Annual report on the lock hospitals of the Madras Presidency
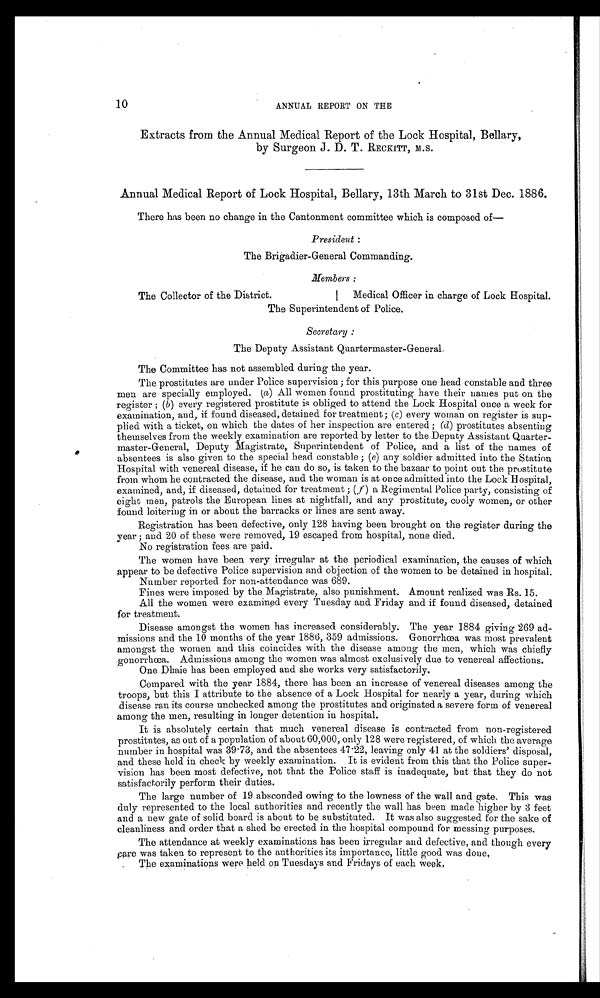
10
ANNUAL REPORT ON THE
Extracts from the Annual Medical Report of the Lock Hospital, Bellary,
by Surgeon J . D. T. RECKITT, M.S.
Annual Medical Report of Lock Hospital, Bellary, 13th March to 31st Dec. 1886.
There has been no change in the Cantonment committee which is composed of
—
President :
The Brigadier-General Commanding.
Members :
The Collector of the District.
Medical Officer in charge of Lock Hospital.
The Superintendent of Police.
Secretary :
The Deputy Assistant Quartermaster-General.
The Committee has not assembled during the year.
The prostitutes are under Police supervision ; for this purpose one head constable and three
men are specially employed. (a) All women found prostituting have their names put on the
register ; (b) every registered prostitute is obliged to attend the Lock Hospital once a week for
examination, and, if found diseased, detained for treatment ; (c) every woman on register is sup-
plied with a ticket, on which the dates of her inspection are entered; (d) prostitutes absenting
themselves from the weekly examination are reported by letter to the Deputy Assistant Quarter-
master-General, Deputy Magistrate, Superintendent of Police, and a list of the names of
absentees is also given to the special head constable; (e) any soldier admitted into the Station
Hospital with venereal disease, if he can do so, is taken to the bazaar to point out the prostitute
from whom he contracted the disease, and the woman is at once admitted into the Lock Hospital,
examined, and, if diseased, detained for treatment; ( f ) a Regimental Police party, consisting of
eight men, patrols the European lines at nightfall, and any prostitute, cooly women, or other
found loitering in or about the barracks or lines are sent away.
Registration has been defective, only 128 having been brought on the register during the
year ; and 20 of these were removed, 19 escaped from hospital, none died.
No registration fees are paid.
The women have been very irregular at the periodical examination, the causes of which
appear to be defective Police supervision and objection of the women to be detained in hospital.
Number reported for non-attendance was 689.
Fines were imposed by the Magistrate, also punishment. Amount realized was Rs. 15.
All the women were examined every Tuesday and Friday and if found diseased, detained
for treatment.
Disease amongst the women has increased considerably. The year 1884 giving 269 ad-
missions and the 10 months of the year 1886, 359 admissions. Gonorrhœa was most prevalent
amongst the women and this coincides with the disease among the men, which was chiefly
gonorrhœa. Admissions among the women was almost exclusively due to venereal affections.
One Dhaie has been employed and she works very satisfactorily.
Compared with the year 1884, there has been an increase of venereal diseases among the
troops, but this I attribute to the absence of a Lock Hospital for nearly a year, during which
disease ran its course unchecked among the prostitutes and originated a severe form of venereal
among the men, resulting in longer detention in hospital.
It is absolutely certain that much venereal disease is contracted from non-registered
prostitutes, as out of a population of about 60,000, only 128 were registered, of which the average
number in hospital was 39.73, and the absentees 47 . 22, leaving only 41 at the soldiers' disposal,
and these held in check by weekly examination. It is evident from this that the Police super-
vision has been most defective, not that the Police staff is inadequate, but that they do not
satisfactorily perform their duties.
The large number of 19 absconded owing to the lowness of the wall and gate. This was
duly represented to the local authorities and recently the wall has been made higher by 3 feet
and a new gate of solid board is about to be substituted. It was also suggested for the sake of
cleanliness and order that a shed be erected in the hospital compound for messing purposes.
The attendance at weekly examinations has been irregular and defective, and though every
care was taken to represent to the authorities its importance, little good was done
.
The examinations were held on Tuesdays and Fridays of each week.